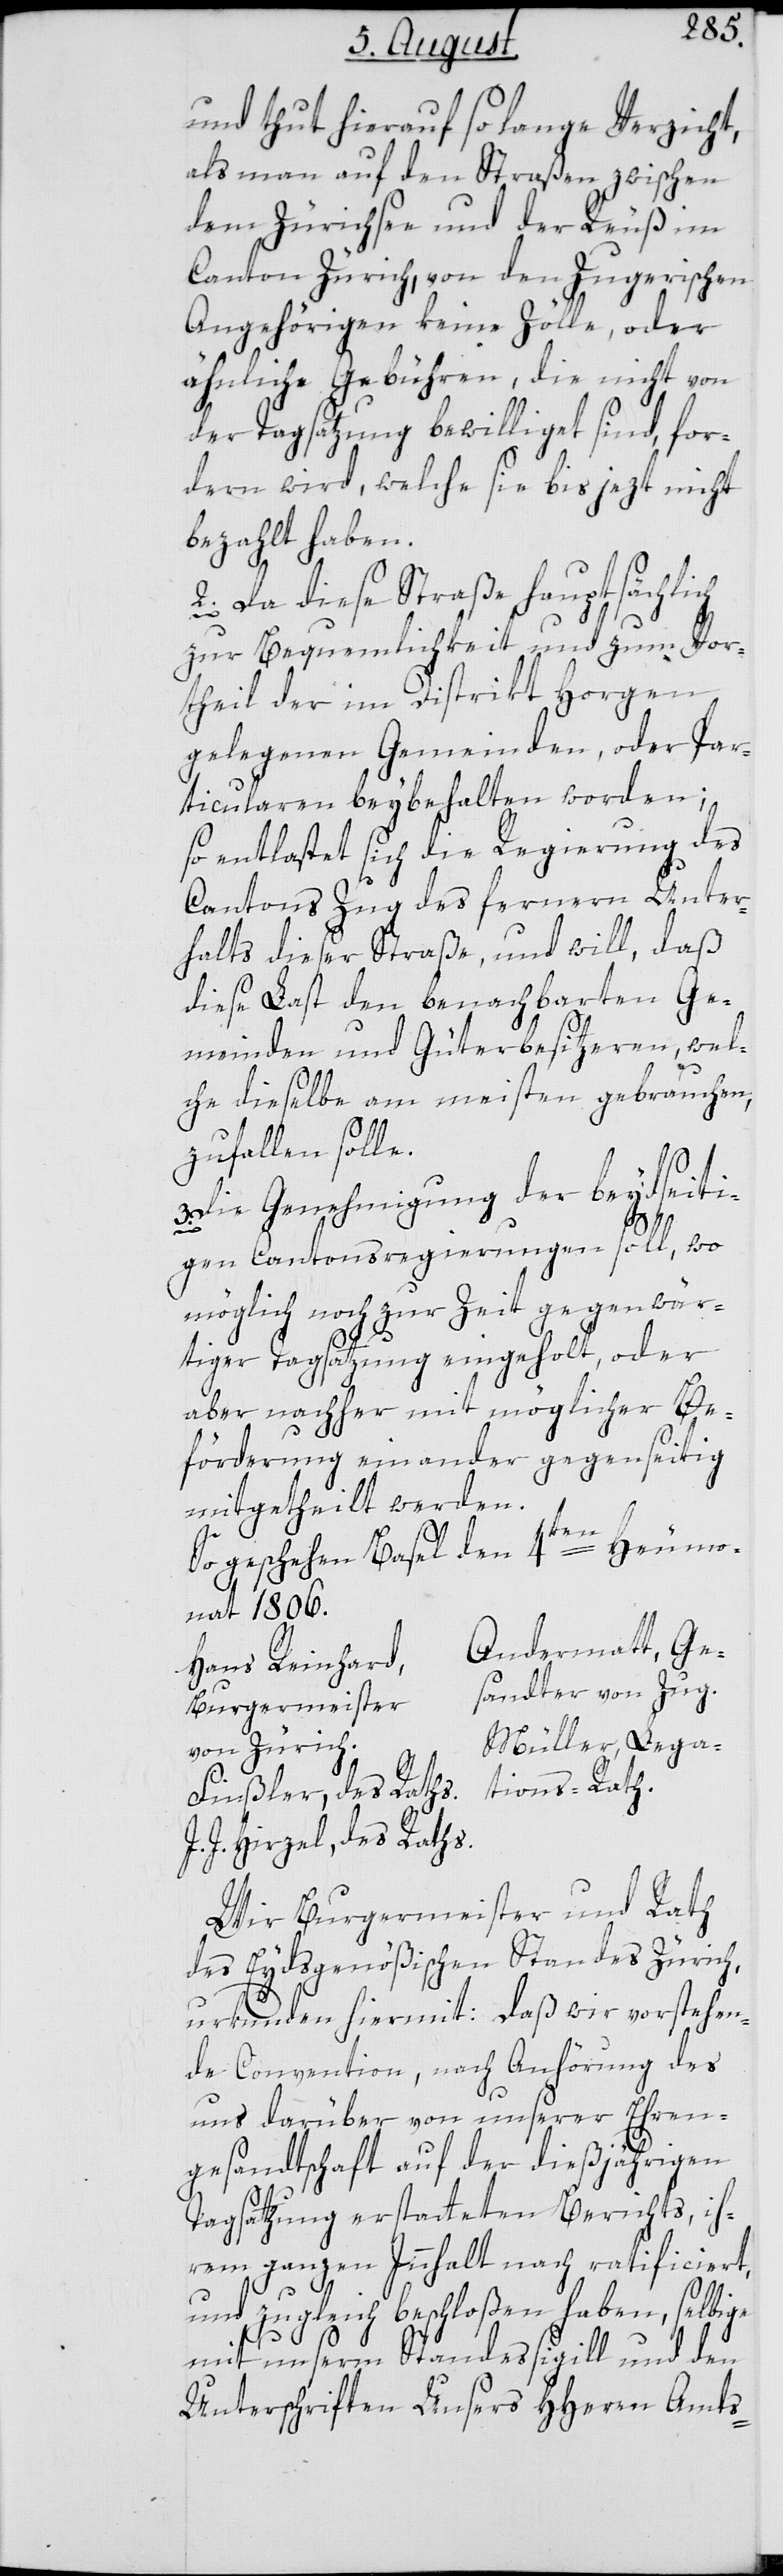
und thut hierauf so lange Verzicht,
als man auf den Straßen zwischen
dem Zürichsee und der Reuß im
Canton Zürich, von den Zugerischen
Angehörigen keine Zölle, oder
ähnliche Gebühren, die nicht von
der Tagsatzung bewilliget sind, for¬
dern wird, welche sie bis jezt nicht
bezahlt haben.
2. Da diese Straße hauptsächlich
zur Bequemlichkeit und zum Vor¬
theil der im Distrikt Horgen
gelegenen Gemeinden, oder Par¬
ticularen beybehalten worden;
so entlastet sich die Regierung des
Cantons Zug des ferneren Unter¬
halts dieser Straße, und will, daß
diese Last den benachbarten Ge¬
meinden und Güterbesitzeren, wel¬
che dieselbe am meisten gebrauchen,
zufallen solle.
Die Genehmigung der beydseiti¬
gen Cantonsregierungen soll, wo
möglich noch zur Zeit gegenwär¬
tiger Tagsatzung eingeholt, oder
aber nachher mit möglicher Be¬
förderung einander gegenseitig
mitgetheilt werden.
So geschehen, Basel den 4ten Heumo¬
nat 1806.
Andermatt, Ge¬
Hans Reinhard,
sandter von Zug.
Burgermeister
Müller, Lega¬
von Zürich.
tions-Rath.
Finßler, des Raths.
J. J. Hirzel, des Raths.
Wir Burgermeister und Rath
des Eydsgenößischen Standes Zürich,
urkunden hiermit: Daß wir vorstehen¬
de Convention, nach Anhörung des
uns darüber von unserer Ehren¬
gesantschaft auf der dießjährigen
3.
Tagsatzung erstatteten Berichts, ih¬
rem ganzen Innhalt nach ratificiert,
und zugleich beschloßen haben, selbige
mit unserm Standessigill und den
Unterschriften Unsers HHerren Amts-